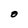
Character: O